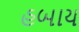
હબાય